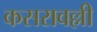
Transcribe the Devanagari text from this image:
कसरावल्ली